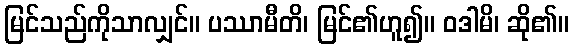
မြင်သည်ကိုသာလျှင်။ ပဿာမီတိ၊ မြင်၏ဟူ၍။ ဝဒါမိ၊ ဆို၏။